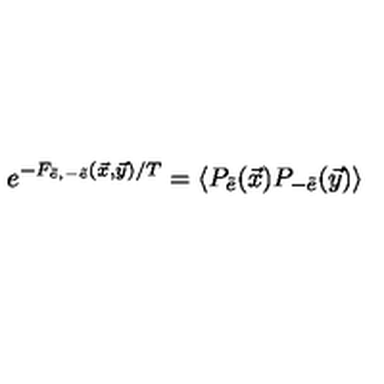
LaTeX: e ^ { - F _ { \tilde { e } , - \tilde { e } } ( \vec { x } , \vec { y } ) / T } = \langle P _ { \tilde { e } } ( \vec { x } ) P _ { - \tilde { e } } ( \vec { y } ) \rangle